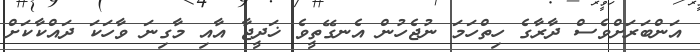
އަންބަރަށްވެސް ދާރާގެ ހިތްހަމަ ނުޖެހުން އެނގޭތީވެ ޚަދީޖާ އާއި މާގިނަ ވާހަކަ ދައްކާކަށް